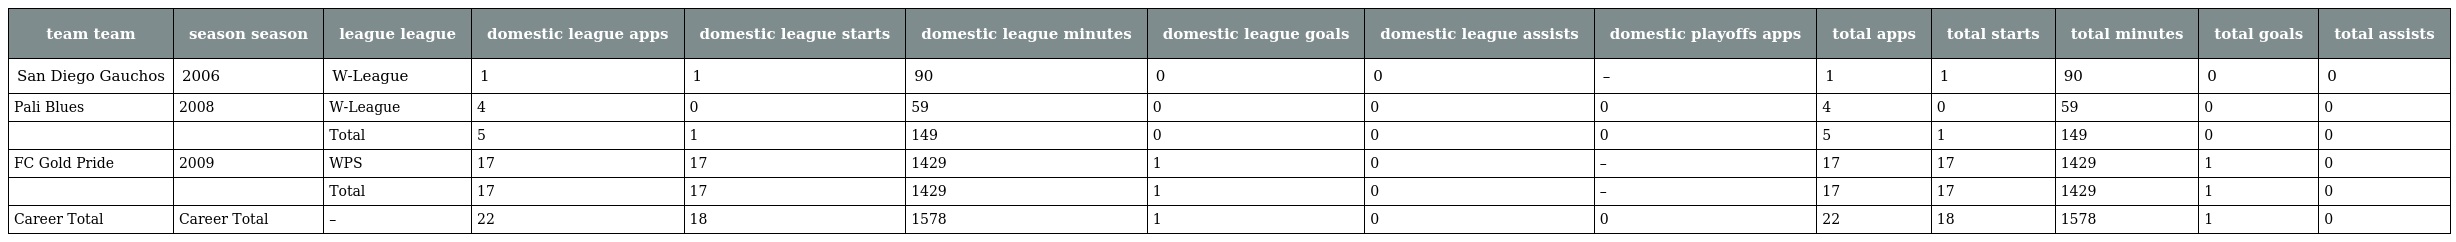
| team team | season season | league league | domestic league apps | domestic league starts | domestic league minutes | domestic league goals | domestic league assists | domestic playoffs apps | total apps | total starts | total minutes | total goals | total assists |
 | --- | --- | --- | --- | --- | --- | --- | --- | --- | --- | --- | --- | --- | --- |
 | San Diego Gauchos | 2006 | W-League | 1 | 1 | 90 | 0 | 0 | – | 1 | 1 | 90 | 0 | 0 |
 | Pali Blues | 2008 | W-League | 4 | 0 | 59 | 0 | 0 | 0 | 4 | 0 | 59 | 0 | 0 |
 |  |  | Total | 5 | 1 | 149 | 0 | 0 | 0 | 5 | 1 | 149 | 0 | 0 |
 | FC Gold Pride | 2009 | WPS | 17 | 17 | 1429 | 1 | 0 | – | 17 | 17 | 1429 | 1 | 0 |
 |  |  | Total | 17 | 17 | 1429 | 1 | 0 | – | 17 | 17 | 1429 | 1 | 0 |
 | Career Total | Career Total | – | 22 | 18 | 1578 | 1 | 0 | 0 | 22 | 18 | 1578 | 1 | 0 |